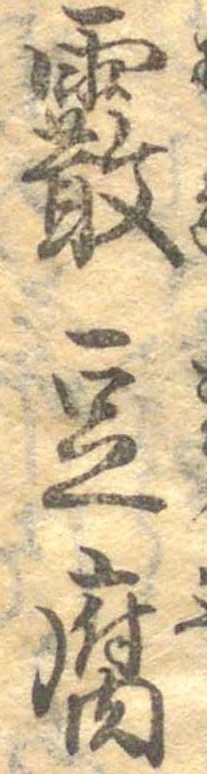
霰豆腐